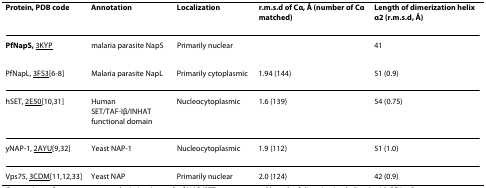
<table><thead><tr><td><b>Protein, PDB code</b></td><td><b>Annotation</b></td><td><b>Localization</b></td><td><b>r.m.s.d of Cα, Å (number of Cα matched)</b></td><td><b>Length of dimerization helix α2 (r.m.s.d, Å)</b></td></tr></thead><tbody><tr><td><b>PfNapS, </b>3KYP</td><td>malaria parasite NapS</td><td>Primarily nuclear</td><td></td><td>41</td></tr><tr><td>PfNapL, 3FS3[6-8]</td><td>Malaria parasite NapL</td><td>Primarily cytoplasmic</td><td>1.94 (144)</td><td>51 (0.9)</td></tr><tr><td>hSET, 2E50[10,31]</td><td>HumanSET/TAF-Iβ/INHAT functional domain</td><td>Nucleocytoplasmic</td><td>1.6 (139)</td><td>54 (0.75)</td></tr><tr><td>yNAP-1, 2AYU[9,32]</td><td>Yeast NAP-1</td><td>Nucleocytoplasmic</td><td>1.9 (112)</td><td>51 (1.0)</td></tr><tr><td>Vps75, 3CDM[11,12,33]</td><td>Yeast NAP</td><td>Primarily nuclear</td><td>2.0 (124)</td><td>42 (0.9)</td></tr></tbody></table>